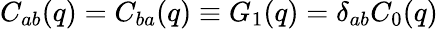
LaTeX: C_{ab}(q)=C_{ba}(q)\equiv G_{1}(q)=\delta_{ab}C_{0}(q)